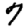
Digit: 7